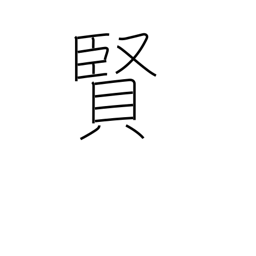
Meaning: wisdom